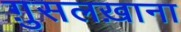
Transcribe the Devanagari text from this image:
ग़ुसलख़ाना